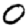
Digit: 0